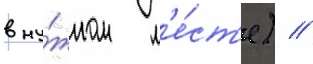
в ну́жном м'е́ст'е) //